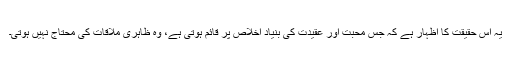
یہ اس حقیقت کا اظہار ہے کہ جس محبت اور عقیدت کی بنیاد اِخلاص پر قائم ہوتی ہے، وہ ظاہری ملاقات کی محتاج نہیں ہوتی۔